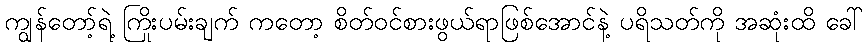
ကျွန်တော့်ရဲ့ ကြိုးပမ်းချက် ကတော့ စိတ်ဝင်စားဖွယ်ရာဖြစ်အောင်နဲ့ ပရိသတ်ကို အဆုံးထိ ခေါ်